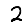
Digit: 2